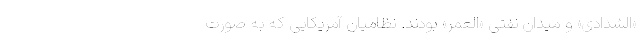
«الشدادی» و میدان نفتی «العمر» بودند. نظامیان آمریکایی که به صورت